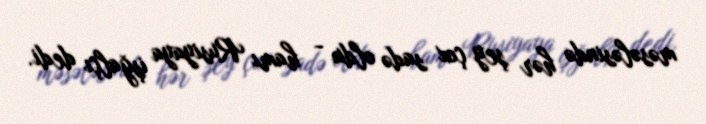
məsələsində hər şey çox sadə oldu - hamı Rusiyaya işğalçı dedi.